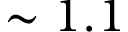
\sim 1 . 1